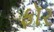
ફૉર